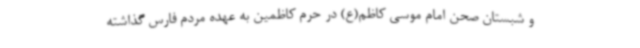
و شبستان صحن امام موسی کاظم(ع) در حرم کاظمین به عهده مردم فارس گذاشته